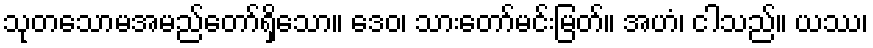
သုတသောမအမည်တော်ရှိသော။ ဒေဝ၊ သားတော်မင်းမြတ်။ အဟံ၊ ငါသည်။ ယဿ၊